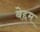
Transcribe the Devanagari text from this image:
बेद्दम